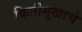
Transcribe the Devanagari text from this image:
किर्तीमुखाचे